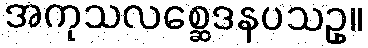
အကုသလစ္ဆေဒနပသဥှ။